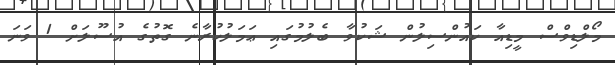
މޯލްޑިވްސް މީޑިއާ ކައުންސިލުން ޝަކުވާ ބެލުމުގައި ޢަމަލުކުރާނެ ގޮތުގެ އުސޫލަށް 1 ވަނަ